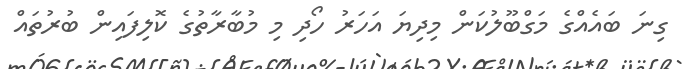
ގިނަ ބައެއްގެ މަގްބޫލުކަން މިދިޔަ އަހަރު ހޯދި މި މުބާރާތުގެ ކޮލިފައިން ބުރުތައް